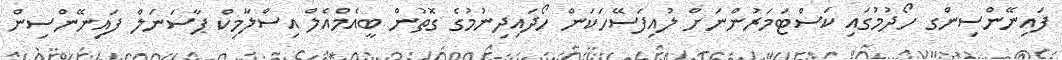
ފައިނޭންސިންގ ހޯދުމުގައި ކަސްޓަމަރުންނަށް ލުއިފަސޭހަކަން ހޯދައިދިނުމުގެ ގޮތުން ބީއެމްއެލް އިސްލާމިކް ޕާސަނަލް ފައިނޭންސިން